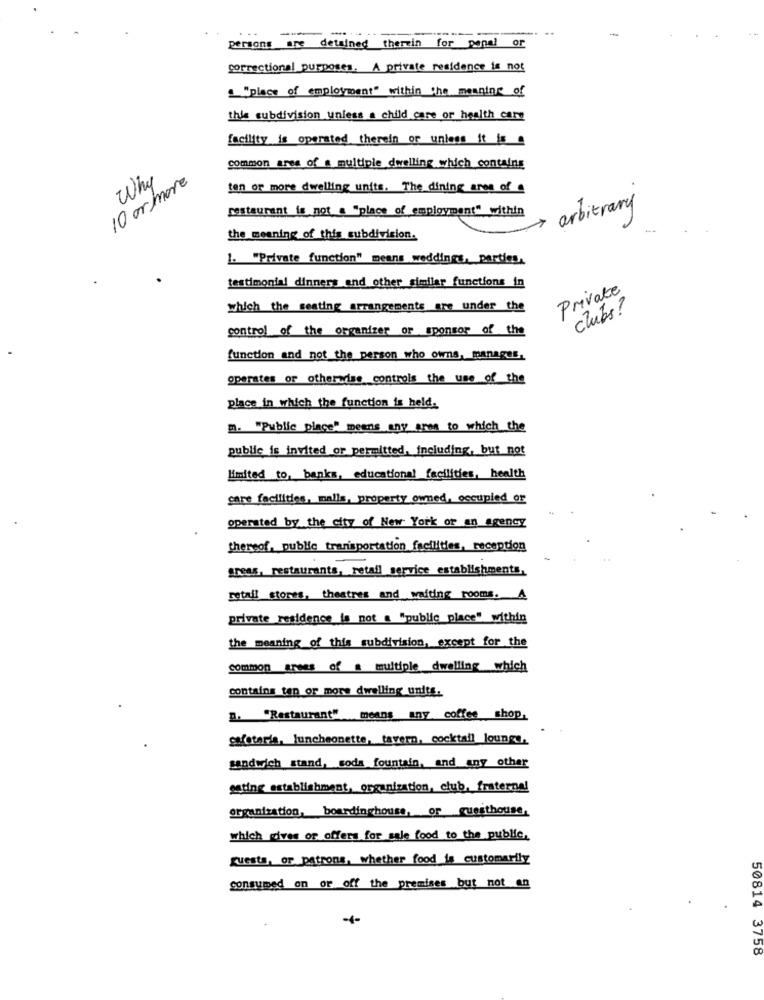
persons are detained therzin for pone!
correctional purposes. A private residence is not
"place of employment" within the meaning of
this subdivision unless a child care or health care
facility is operated therein or unless it s
common area of a multiple dwelling which contains
10 ormore
Why
ten or more dwelling units. The dining area of
restaurant is not a "place of employment" within
arbitrary
the meaning of this subdivision.
1. "Private function" means weddings, parties,
testimonial dinners and other similar functions in
Private
which the seating arrangements are under the
clubs?
control of the organizer or sponsor of the
function and not the person who owns, manages,
operates or otheradise controls the use of the
place in which the function is held.
m. "Public place" means any area to which the
public is invited or permitted, including, but not
limited to, banks, educational facilities, health
care facilities, malls, property owned, occupied or
operated by the city of New York or an Agency
thereof, public trarisportation facilities, reception
areas, restaurants, retail service establishments,
retail stores, theatres and waiting rooms. A
private residence is not a "public place" within
the meaning of this subdivision, except for the
common areas of a multiple dwelling which
contains tan or more dwelling units.
B. "Restaurant" means any coffee shop,
cafetaria. luncheonette, tavern, cocktail lounge.
sandwich stand, soda fountain, and any other
ssting establishment, organization, club, fraternal
organization, boardinghouse, or guesthouse,
which gives or offers for sale food to the public,
guests, or patrons, whether food is customarily
consumed on or off the premises but not an
50814 3758